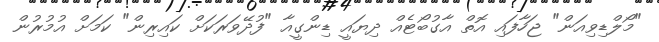
"މޯލްޑިވިއަން" ޖަހާފައި އޮތް އާގުބޯޓެއް ދިޔައީ ޑިންގީއާ "ފުދޭވަރަކަށް ކައިރިން" ކަމަށް އުމުރުން